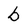
Character: b